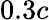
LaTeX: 0.3c